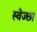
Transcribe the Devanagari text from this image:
स्वेज्छा